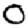
Digit: 0